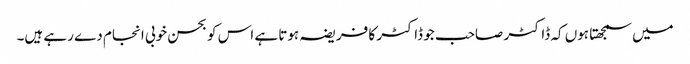
میں سمجھتا ہوں کہ ڈاکٹر صاحب جو ڈاکٹر کا فریضہ ہوتا ہے اس کو بحسن خوبی انجام دے رہے ہیں۔